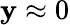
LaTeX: \mathbf{y}\approx0